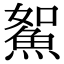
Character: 𩶯